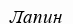
Лапин